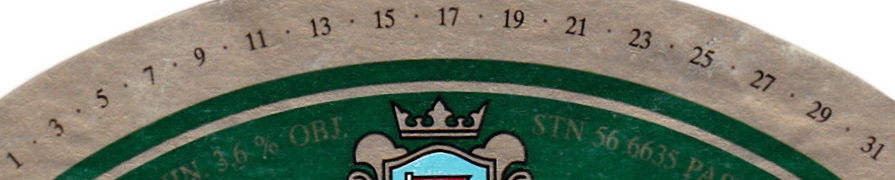
1.3.5.7.9.11.13.15.17.19.21.23.25.27.29.31